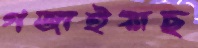
গজাইয়াছ